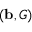
( \mathbf { b } , G )